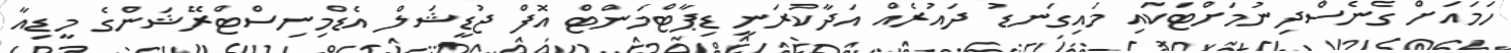
ހަމައަށް ގެނެސްދިނުމަށްޓަކައި މައިގަނޑު ދައުރެއް އަދާކުރަނީ ޑިޕާޓްމަންޓް އޮފް ޖުޑީޝަލް އެޑްމިނިސްޓްރޭޝަންގެ މީޑިއާ